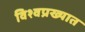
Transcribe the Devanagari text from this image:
विश्वप्रख्यात